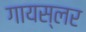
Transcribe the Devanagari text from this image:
गायस्लर